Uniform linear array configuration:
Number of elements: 16
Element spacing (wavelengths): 0.25
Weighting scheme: hann
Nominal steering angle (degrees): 15
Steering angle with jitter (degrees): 14.238
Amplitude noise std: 0.05
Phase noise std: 0.05

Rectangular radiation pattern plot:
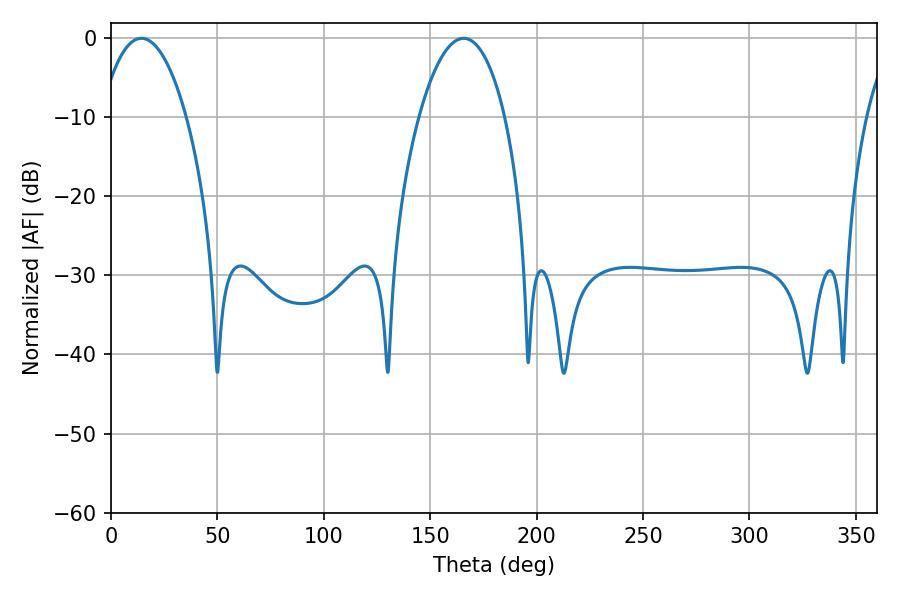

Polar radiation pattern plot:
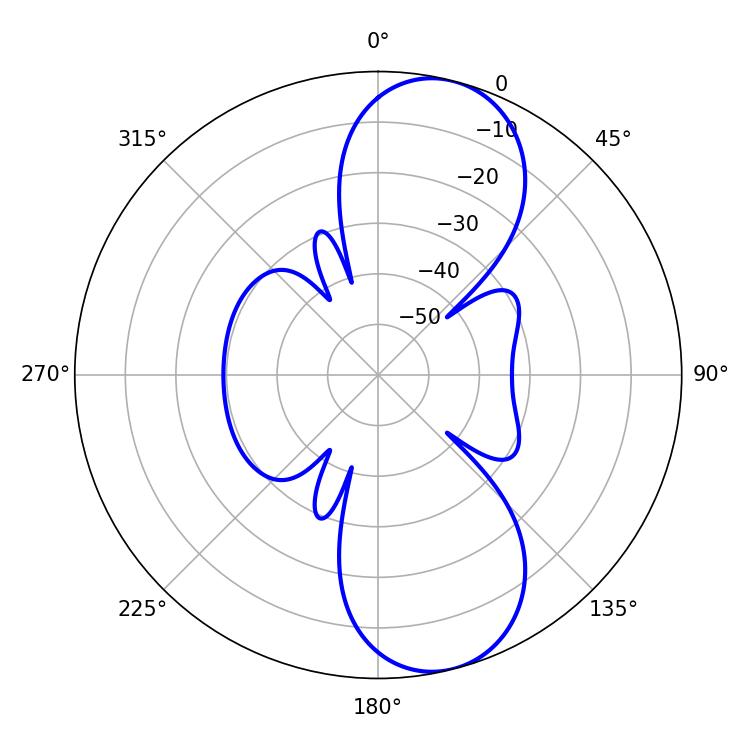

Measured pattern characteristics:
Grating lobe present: FALSE
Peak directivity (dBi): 9.787
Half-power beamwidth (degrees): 22.68
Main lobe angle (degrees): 14.22